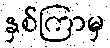
နှစ်ကြာမှ